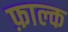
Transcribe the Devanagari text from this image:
फ़ाल्क